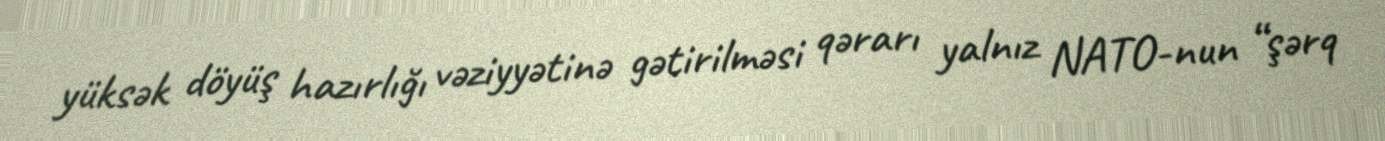
yüksək döyüş hazırlığı vəziyyətinə gətirilməsi qərarı yalnız NATO-nun “şərq